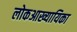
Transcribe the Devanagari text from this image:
लोकआख्यायिका